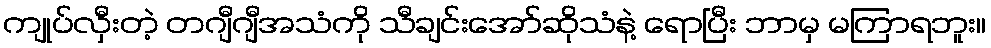
ကျုပ်လှီးတဲ့ တဂျီဂျီအသံကို သီချင်းအော်ဆိုသံနဲ့ ရောပြီး ဘာမှ မကြာရဘူး။